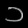
Digit: ၁